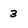
Character: 3